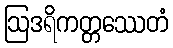
ဩဒရိကတ္တဿေတံ